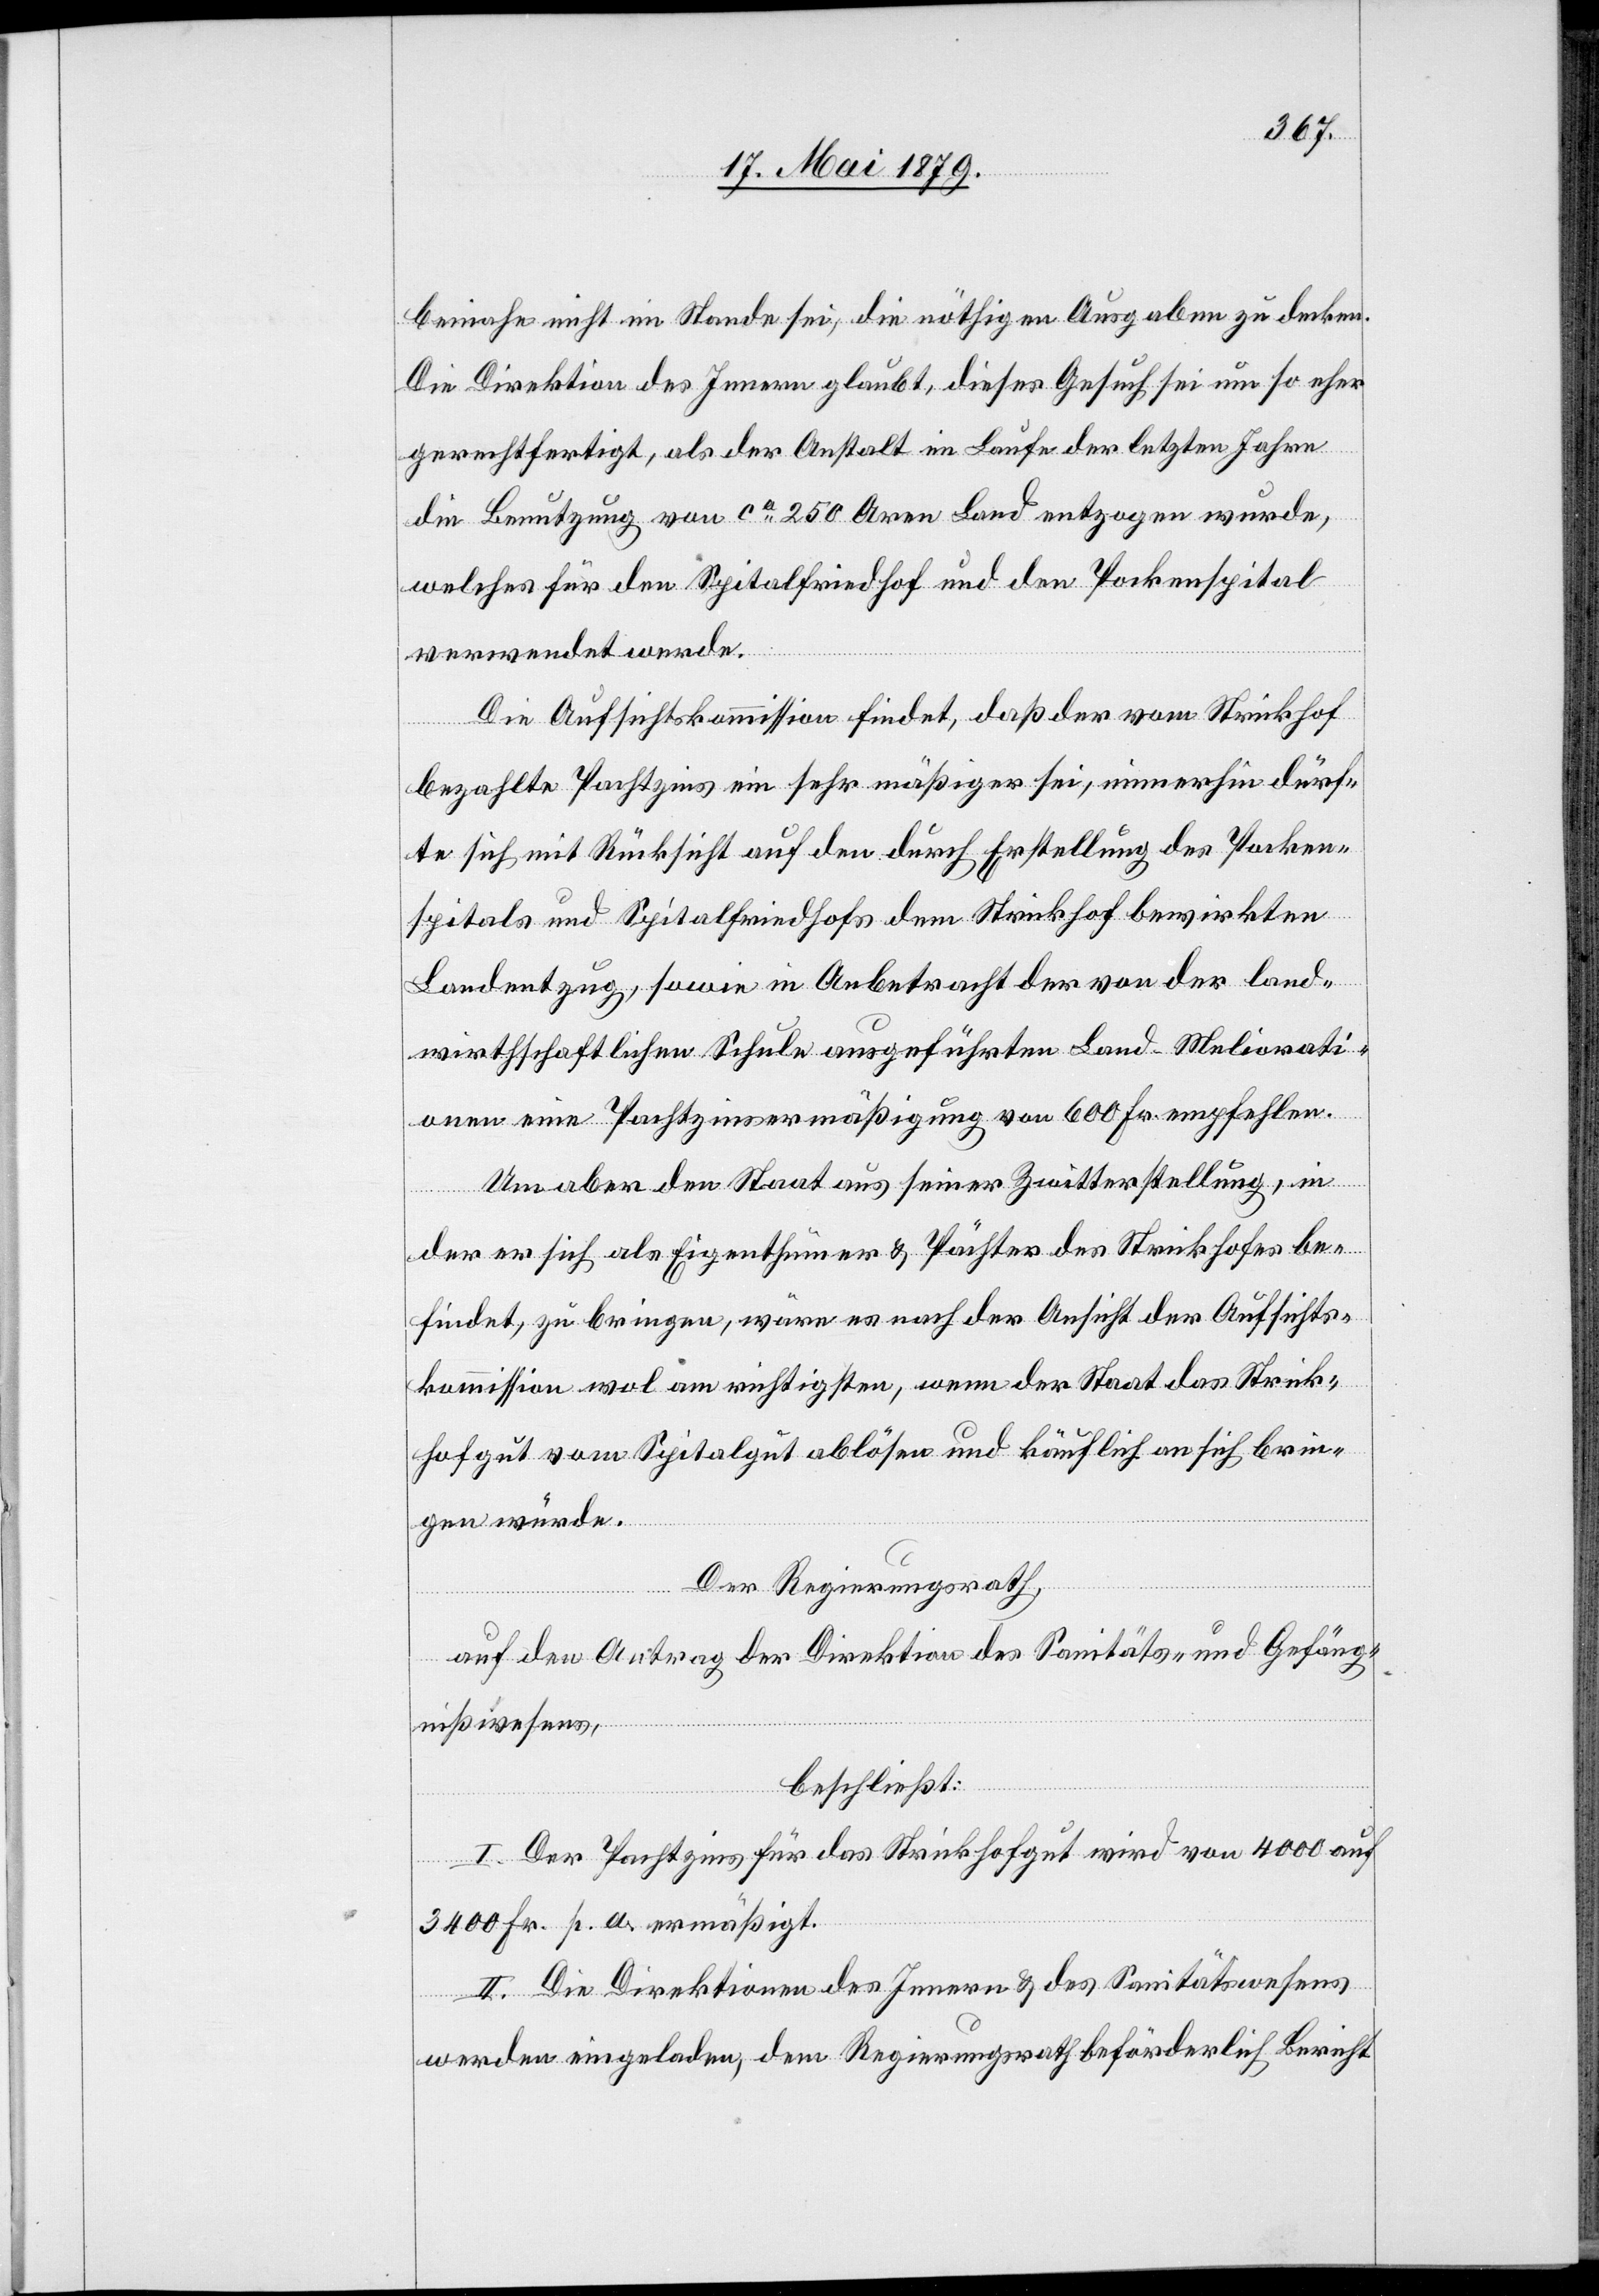
beinahe nicht im Stande sei, die nöthigen Ausgaben zu decken.
Die Direktion des Innern glaubt, dieses Gesuch sei um so eher
gerechtfertigt, als der Anstalt im Laufe der letzten Jahre
die Benutzung von ca 250 Aren Land entzogen wurde,
welches für den Spitalfriedhof und den Pockenspital
verwendet werde.
Die Aufsichtskommission findet, daß der vom Strickhof
bezahlte Pachtzins ein sehr mäßiger sei, immerhin dürf¬
te sich mit Rücksicht auf den durch Erstellung des Pocken¬
spitals und Spitalfriedhofs dem Strickhof bewirkten
Landentzug, sowie im Anbetracht der von der land¬
wirthschaftlichen Schule ausgeführten Land-Meliorati¬
onen eine Pachtzinsermäßigung von 600 Fr. empfehlen.
Um aber den Staat aus seiner Zwitterstellung, in
der er sich als Eigenthümer & Pächter des Strickhofes be¬
findet, zu bringen, wäre es nach der Ansicht der Aufsichts¬
kommission wol am richtigsten, wenn der Staat das Strick¬
hofgut vom Spitalgut ablösen und käuflich an sich brin¬
gen würde.
Der Regierungsrath,
auf den Antrag der Direktion des Sanitäts- und Gefäng¬
nißwesens,
beschließt:
I. Der Pachtzins für das Strickhofgut wird von 4000 auf
3400 Fr. p. a. ermäßigt.
II. Die Direktionen des Innern & des Sanitätswesens
werden eingeladen, dem Regierungsrath beförderlich Bericht